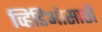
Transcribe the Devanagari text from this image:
व्हिडिओसाठी